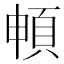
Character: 𲊫